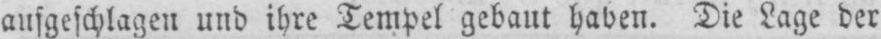
aufgeschlagen und ihre Tempel gebaut haben. Die Lage der